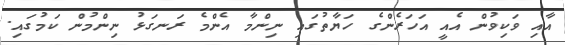
އާއި ވަކިވުން އެއީ އަހަރެންގެ ހަޔާތުގައި ނިންމާ އެންމެ ރަނގަޅު ނިންމުން ކަމުގައި.